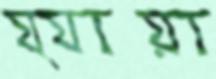
য্যায়া